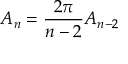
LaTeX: A _ { n } = { \frac { 2 \pi } { n - 2 } } A _ { n - 2 }